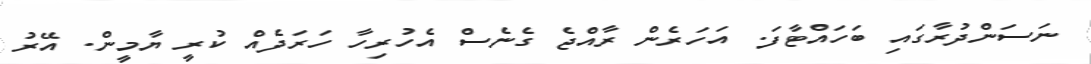
ނަސަންދުރާގައި ބަހައްޓާފަ. އަހަރެން ރާއްޖެ ގެނެސް އެހުރިހާ ހަރަދެއް ކުރީ ޔާމީން. އޭރު